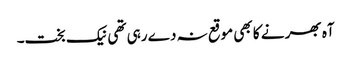
آہ بھر نے کا بھی موقع نہ دے رہی تھی نیک بخت۔